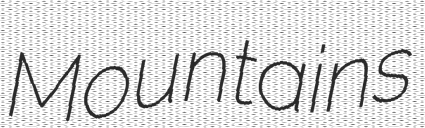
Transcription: Mountains